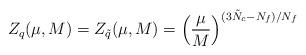
LaTeX: \begin{align*}Z_{q} (\mu, M) = Z_{\tilde{q}} (\mu, M) = \left( \frac{\mu}{M} \right)^{(3\tilde{N}_{c}-N_{f})/N_{f}} \end{align*}